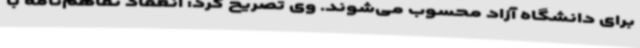
برای دانشگاه آزاد محسوب می‌شوند. وی تصریح کرد: انعقاد تفاهم‌نامه با